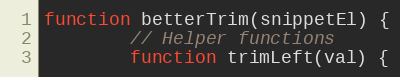
Language: JavaScript
function betterTrim(snippetEl) {
		// Helper functions
		function trimLeft(val) {